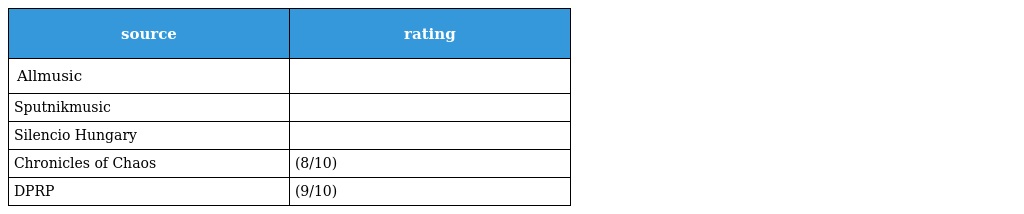
| source | rating |
 | --- | --- |
 | Allmusic |  |
 | Sputnikmusic |  |
 | Silencio Hungary |  |
 | Chronicles of Chaos | (8/10) |
 | DPRP | (9/10) |